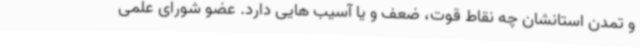
و تمدن استانشان چه نقاط قوت، ضعف و یا آسیب هایی دارد. عضو شورای علمی